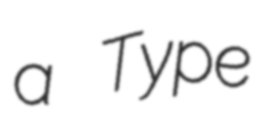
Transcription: a Type